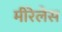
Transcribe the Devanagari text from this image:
मीरेलेस